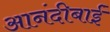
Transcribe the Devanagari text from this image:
आनंदीबाईं